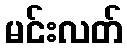
မင်းလတ်